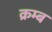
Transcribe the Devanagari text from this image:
क्रम्ब